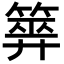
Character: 𥰰